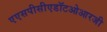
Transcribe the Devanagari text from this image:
एएसपीसीएडॉटओआरजी